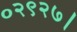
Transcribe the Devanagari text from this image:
०२९२७।